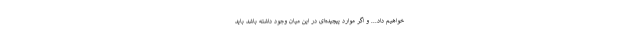
خواهیم داد... و اگر موارد پیچیده‌ای در این میان وجود داشته باشد باید